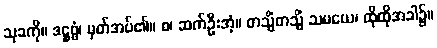
သုခကို။ ဒဋ္ဌဗ္ဗံ၊ မှတ်အပ်၏။ စ၊ ဆက်ဦးအံ့။ တသ္မိံတသ္မိံ သမယေ၊ ထိုထိုအခါ၌။